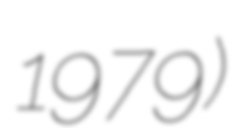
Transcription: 1979)